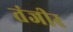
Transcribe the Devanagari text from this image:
तंजीर